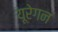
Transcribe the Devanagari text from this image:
यूरेगन